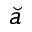
\breve { a }